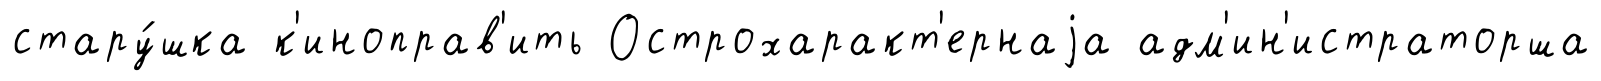
стару́шка к'иноправ'ить Острохаракт'ернаjа адм'ин'истраторша